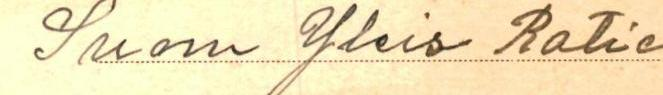
Suom Yleis Ratio